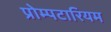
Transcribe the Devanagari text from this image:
प्रोम्पटारियम